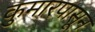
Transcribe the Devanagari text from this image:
कुमारपासून